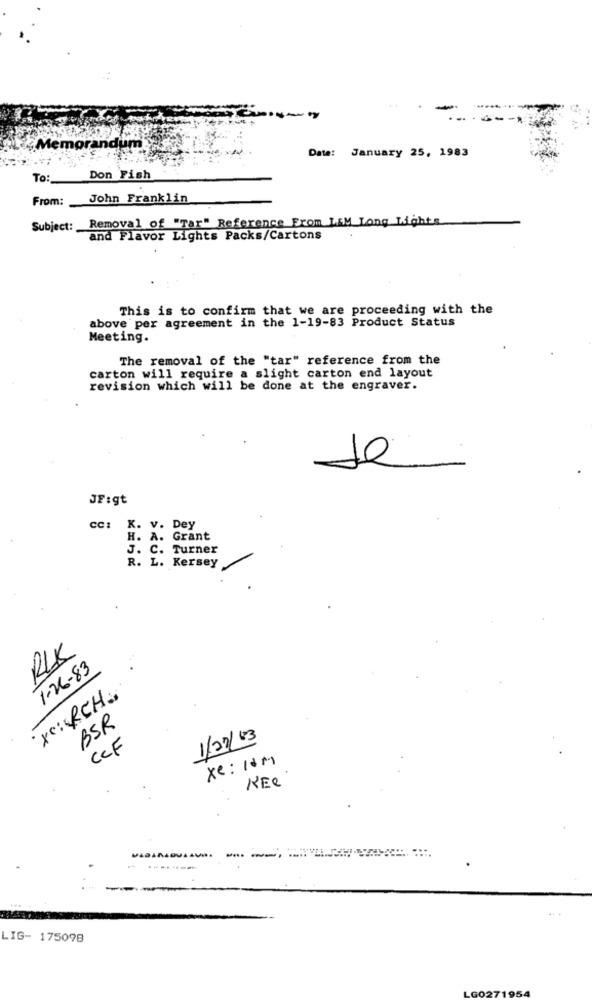
Memorandum
Date: January 25, 1983
To:
Don Fish
From:
John Franklin
Removal of "Tar" Reference From L&M Long Lights
Subject:
and Flavor Lights Packs/Cartons
This is to confirm that we are proceeding with the
above per agreement in the 1-19-83 Product Status
Meeting.
The removal of the "tar" reference from the
carton will require a slight carton end layout
revision which will be done at the engraver.
de
JF:gt
cc: K. v. Dey
H. A. Grant
J. C. Turner
R. L. Kersey
RIK
1-26-83
Xc: RCH.
BSR
1/22/03
CCF
xe: 10M
KER
--
LIG- 175098
LG0271954